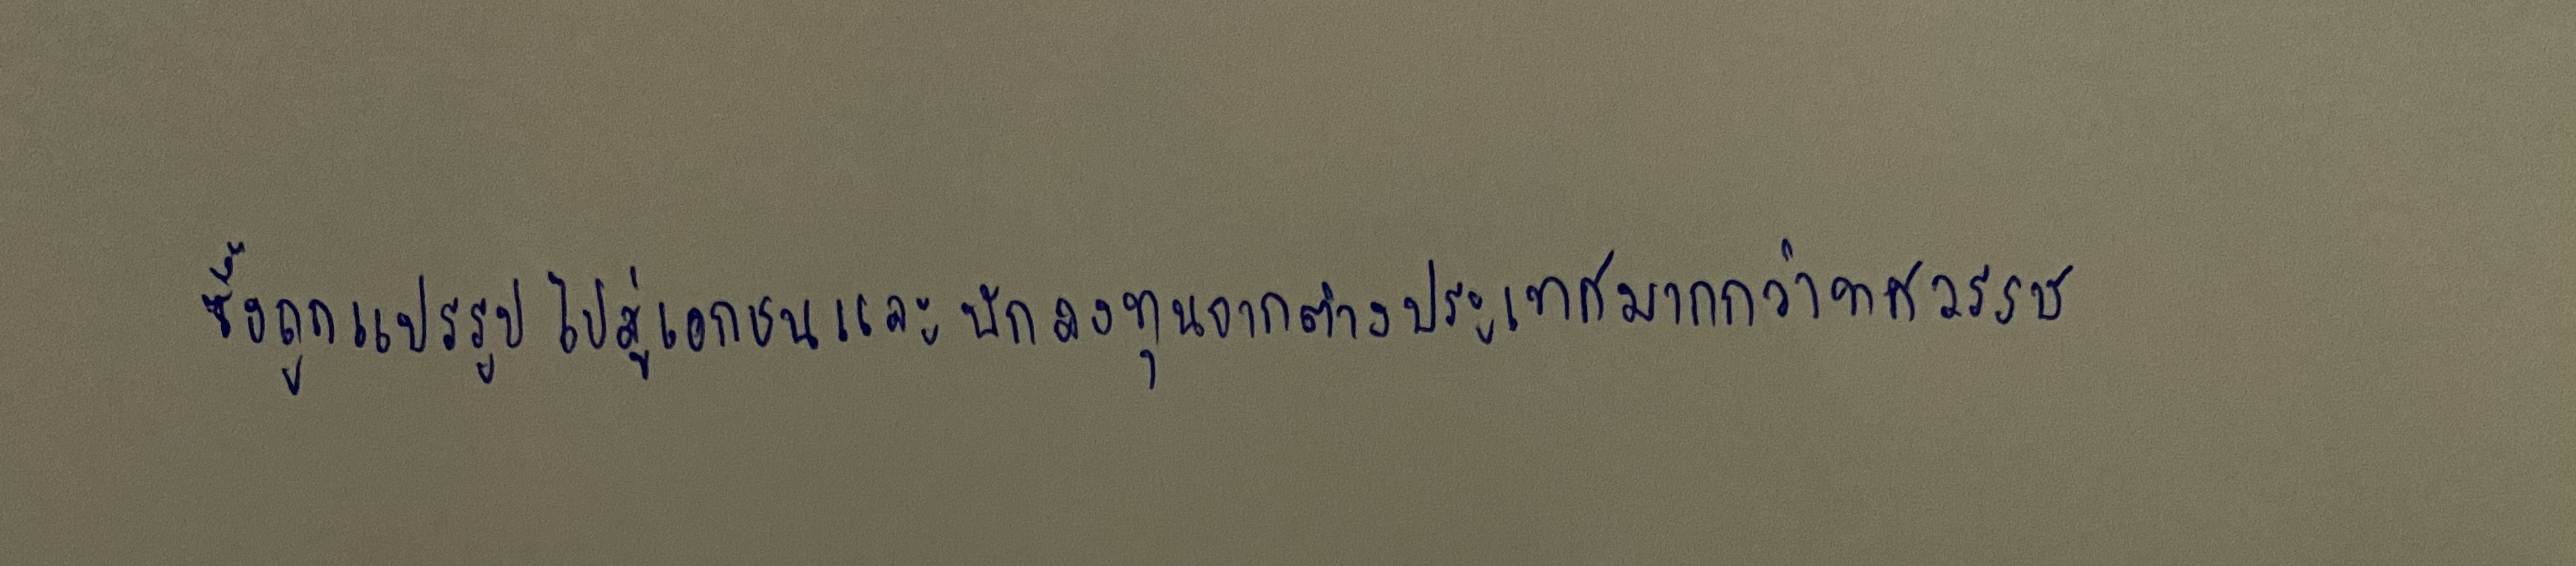
ซึ่งถูกแปรรูปไปสู่เอกชนและนักลงทุนจากต่างประเทศมากว่าทศวรรษ)